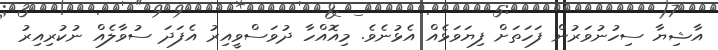
އާޝިޔާ ސިހުނުވަރުން ފަހަތަށް ފިޔަވަޅެއް އެޅުނެވެ. މިއޮއްހާ ދުވަސްވީއިރު އެފަދަ ސުވާލެއް ނުކުރިއިރު